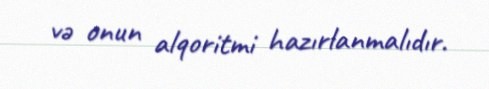
və onun alqoritmi hazırlanmalıdır.